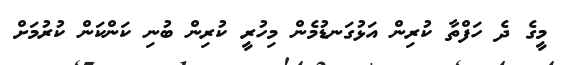
މީގެ ދެ ހަފްތާ ކުރިން އަޅުގަނޑުމެން މިހުރީ ކުރިން ބުނި ކަންކަން ކުރުމަށް